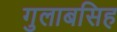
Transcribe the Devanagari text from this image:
गुलाबसिह